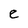
Character: e